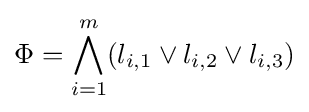
\Phi =\bigwedge _{i=1}^{m}(l_{i,1}\vee l_{i,2}\vee l_{i,3})